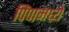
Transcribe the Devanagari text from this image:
पिंपामध्ये